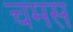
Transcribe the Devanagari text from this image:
चमस